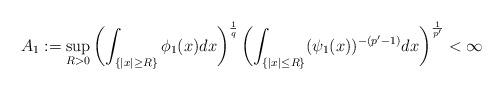
LaTeX: \begin{align*}A_{1}:=\sup_{R>0}\left(\int_{\{|x|\geq R\}}\phi_{1}(x)dx\right)^{\frac{1}{q}}\left(\int_{\{|x|\leq R\}}(\psi_{1}(x))^{-(p'-1)}dx\right)^{\frac{1}{p'}}<\infty\end{align*}